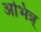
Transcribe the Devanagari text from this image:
अभिन्न्